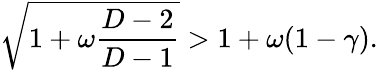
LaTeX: \sqrt{1+\omega\frac{D-2}{D-1}}>1+\omega(1-\gamma).